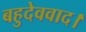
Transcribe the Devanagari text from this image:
बहुदेववाद।